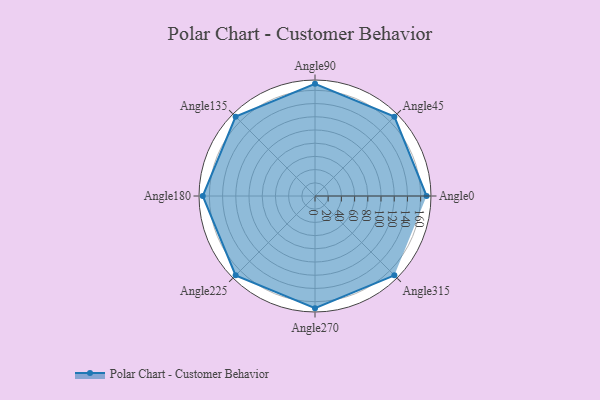
{"axis": {"x": "Angle", "y": "Radius"}, "legend": [""], "data": [{"x": "Angle0", "y": 169.0, "type": ""}, {"x": "Angle45", "y": 170, "type": ""}, {"x": "Angle90", "y": 170, "type": ""}, {"x": "Angle135", "y": 170, "type": ""}, {"x": "Angle180", "y": 170, "type": ""}, {"x": "Angle225", "y": 170, "type": ""}, {"x": "Angle270", "y": 170, "type": ""}, {"x": "Angle315", "y": 170, "type": ""}]}